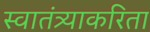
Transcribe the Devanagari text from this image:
स्वातंत्र्याकरिता